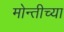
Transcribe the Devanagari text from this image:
मोन्तीच्या